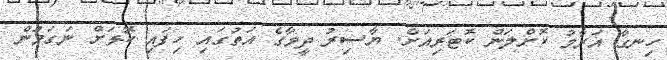
ހިނގާ އަރާމު ކޮށްލަން ކޮޓަރިއަށް. ޔާސިރު ދީމާގެ އަތުގައި ހިފައި ކޮޅަށް ނަގަމުން